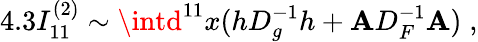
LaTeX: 4.3I_{11}^{(2)}\sim\intd^{11}x(hD_{g}^{-1}h+\mathbf{A}D_{F}^{-1}\mathbf{A})\; ,